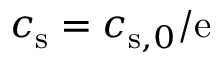
c _ { \mathrm { s } } = c _ { \mathrm { s } , 0 } / \mathrm { e }